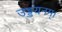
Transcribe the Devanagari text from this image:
उड्डयनम्।